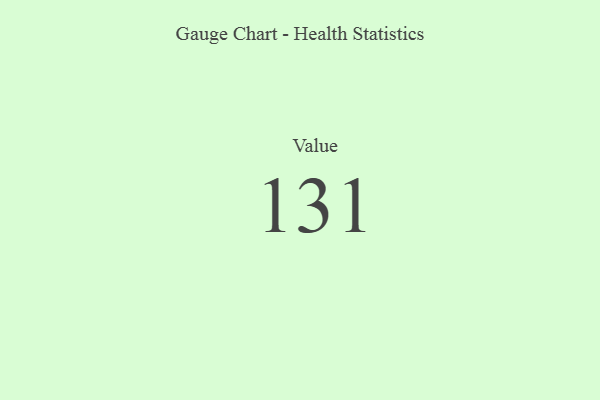
{"axis": {"x": "Metric", "y": "Value"}, "legend": [""], "data": [{"x": "Value", "y": 131, "type": ""}]}